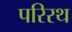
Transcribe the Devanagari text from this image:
परिरथ